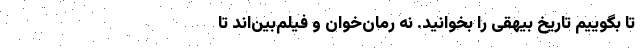
تا بگوییم تاریخ بیهقی را بخوانید. نه رُمان‌خوان و فیلم‌بین‌اند تا